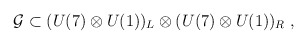
\begin{align*}{\cal{G}} \subset (U(7) \otimes U(1))_L \otimes (U(7) \otimes U(1))_R \;, \end{align*}